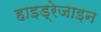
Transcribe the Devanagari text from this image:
हाइड्रेजाइन